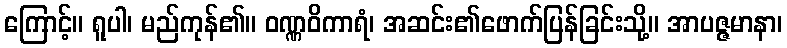
ကြောင့်။ ရူပါ၊ မည်ကုန်၏။ ဝဏ္ဏဝိကာရံ၊ အဆင်း၏ဖောက်ပြန်ခြင်းသို့။ အာပဇ္ဇမာနာ၊